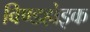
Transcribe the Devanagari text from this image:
विण्डहोइक